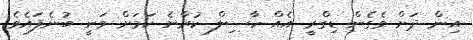
އިން ދަށް ވެގެން ޑިގްރީ އެއް ހާސިލް ކުރާނެ ކަމަށް ވަނީ ބުނެފައެވެ.